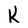
Character: K